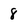
Character: 8